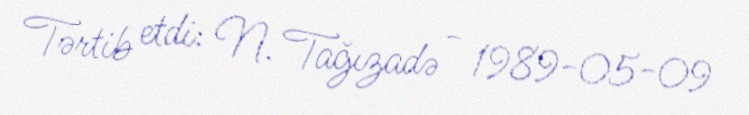
Tərtib etdi: N. Tağızadə - 1989-05-09